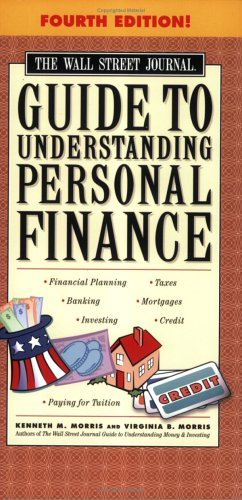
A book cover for The Wall Street Journal Guide to Understanding Personal Finance, Fourth Edition: Mortgages, Banking, Taxes, Investing, Financial Planning, Credit, Paying for Tuition; Kenneth M. Morris; Business & Money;